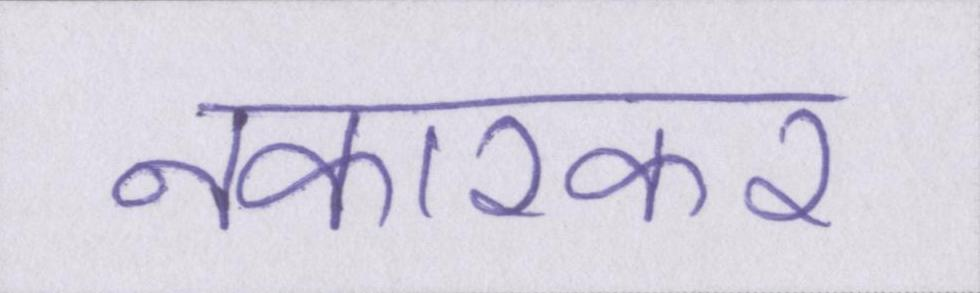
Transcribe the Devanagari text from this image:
नकारकर